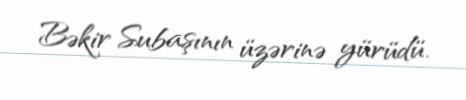
Bəkir Subaşının üzərinə yürüdü.